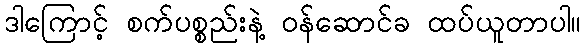
ဒါကြောင့် စက်ပစ္စည်းနဲ့ ဝန်ဆောင်ခ ထပ်ယူတာပါ။